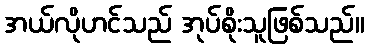
အယ်လိုဟင်သည် အုပ်စိုးသူဖြစ်သည်။